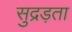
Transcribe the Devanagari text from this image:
सुद्रड़ता